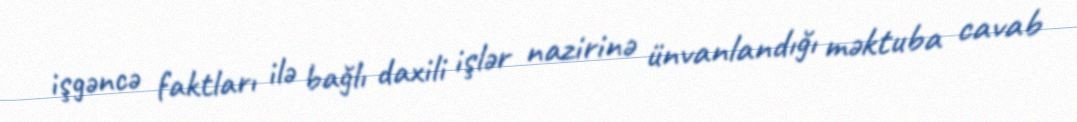
işgəncə faktları ilə bağlı daxili işlər nazirinə ünvanlandığı məktuba cavab